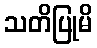
သတိပြုမိ